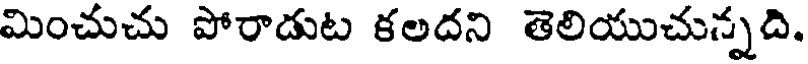
మించుచు పోరాడుట కలదని తెలియుచున్నది.